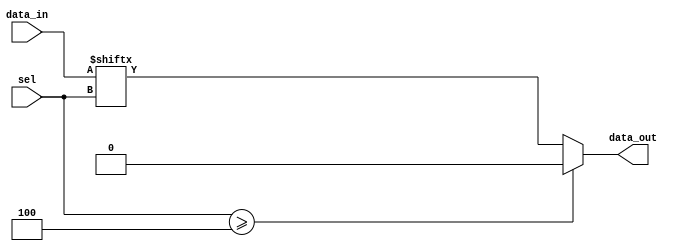
module parameterized_mux #(
    parameter N = 4 // Default number of inputs (can be parameterized)
) (
    input  wire [N-1:0] data_in, // N data inputs
    input  wire [clog2(N)-1:0] sel, // Select lines (log2(N) bits)
    output reg  data_out // Selected output
);

// Function to calculate log2 of a number
function integer clog2;
    input integer value;
    begin
        clog2 = 0;
        while (2**clog2 < value) begin
            clog2 = clog2 + 1;
        end
    end
endfunction

// Always block to select appropriate data input based on select line
always @(*) begin
    if (sel >= N) begin
        data_out = 1'b0; // Default output if select is out of range
    end else begin
        data_out = data_in[sel]; // Select the data input corresponding to sel
    end
end

endmodule